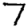
Digit: 7